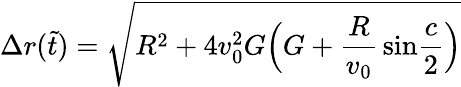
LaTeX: \Delta r(\tilde{t})=\sqrt{R^{2}+4v_{0}^{2}G\Big(G+{\frac{R}{v_{0}}}\, \mathrm{sin}{\frac{c}{2}}\Big)}